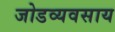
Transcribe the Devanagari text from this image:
जोडव्यवसाय